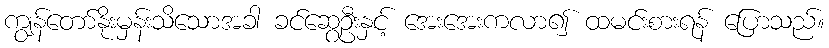
ကျွန်တော်နိုးမှန်းသိသောအခါ ခင်ဆွေဦးနှင့် အေးအေးကလာ၍ ထမင်းစားရန် ပြောသည်။